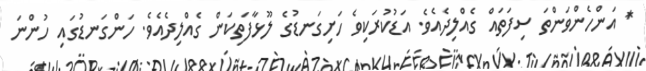
* އަންހެންވަންތަ ސިފަތައް ގެއްލިދެއެވެ. އަޑުކުރަކިވެ ހަށިގަނޑުގެ ލޫޅާފަތިކަން ގެއްލިދެއެވެ. ހަންގަނޑުގައި ހުންނަ